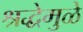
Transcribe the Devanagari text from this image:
श्रद्धेमुळे